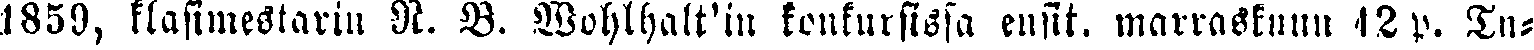
1859, klasimestarin N. B. Wohlhalt'in konkurssissa ensit. marraskun 42 p. Tu-